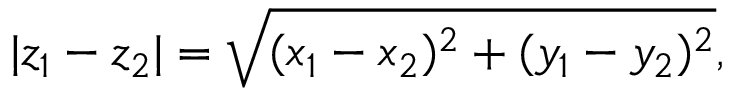
| z _ { 1 } - z _ { 2 } | = { \sqrt { ( x _ { 1 } - x _ { 2 } ) ^ { 2 } + ( y _ { 1 } - y _ { 2 } ) ^ { 2 } } } ,